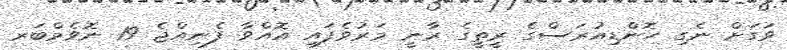
ވަގަށް ނެގި ހޮންޑިއުރަސްގެ ރީތީގެ ރާނީ މަރުވެފައި އޮއްވާ ފެނިއްޖެ 19 ނޮވެމްބަރ